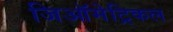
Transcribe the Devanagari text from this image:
जिऑमेट्रिकल